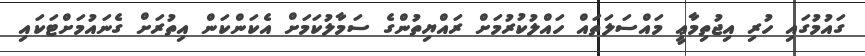
ގައުމުގައި ހުރި އިޖުތިމާޢީ މައްސަލަތައް ހައްލުކުރުމަށް ރައްޔިތުންގެ ސަމާލުކަމަށް އެކަންކަން އިތުރަށް ގެނައުމަށްޓަކައި